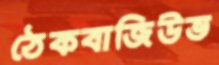
ঠেকবাজিউভ